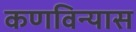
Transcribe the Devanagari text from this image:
कणविन्यास